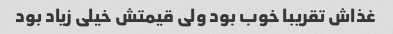
غذاش تقریبا خوب بود ولی قیمتش خیلی زیاد بود